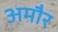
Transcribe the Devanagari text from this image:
अमौर